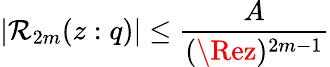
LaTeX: |\mathcal{R}_{2m}(z:q)|\leq\frac{{A}}{{(\Rez)^{2m-1}}}